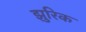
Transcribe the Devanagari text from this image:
झुरिक